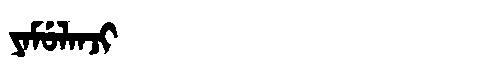
Manchu: ᠶᠠᠮᡠᠯᠠᠨᠵᡳ
Romanization: YAMULANJI